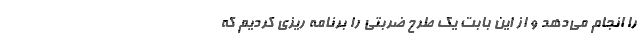
را انجام می‌دهد و از این بابت یک طرح ضربتی را برنامه ریزی کردیم که